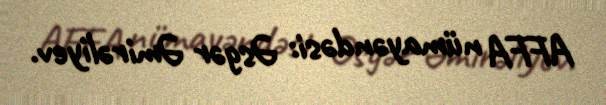
AFFA nümayəndəsi: Əsgər Əmirəliyev.